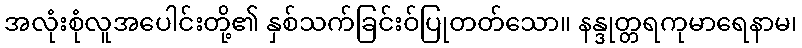
အလုံးစုံလူအပေါင်းတို့၏ နှစ်သက်ခြင်းဝ်ပြုတတ်သော။ နန္ဒုတ္တရကုမာရေနာမ၊